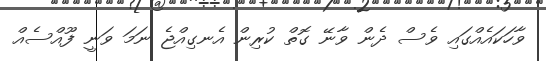
ވާހަކައެއްގައި ވެސް ދެން ވާނޭ ގޮތް ކުރިން އެނގިއްޖެ ނަމަ ވަނީ ފޫއްސެއް